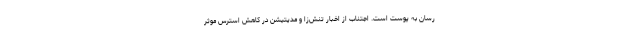
رسان به پوست است. اجتناب از اخبار تنش‌زا و مدیتیشن در کاهش استرس موثر